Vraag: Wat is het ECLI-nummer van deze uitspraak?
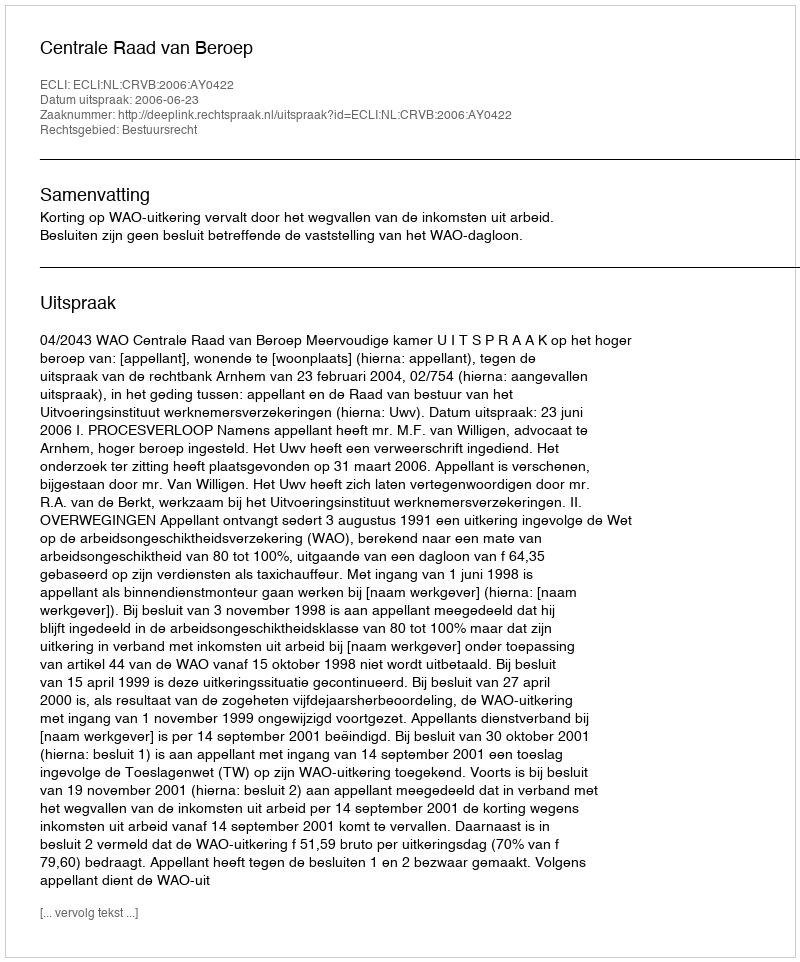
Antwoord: ECLI:NL:CRVB:2006:AY0422